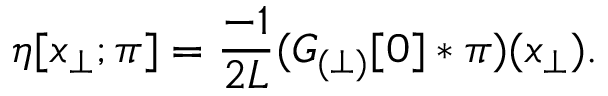
\eta [ x _ { \perp } ; \pi ] = \frac { - 1 } { 2 L } ( { \cal G } _ { ( \perp ) } [ 0 ] \ast \pi ) ( x _ { \perp } ) .